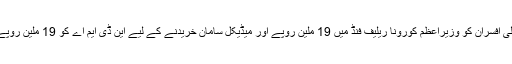
کمپنی کے بورڈ نے اعلیٰ افسران کو وزیراعظم کورونا ریلیف فنڈ میں 19 ملین روپے اور میڈیکل سامان خریدنے کے لیے این ڈی ایم اے کو 19 ملین روپے دینے کا عزم کیا ہے۔